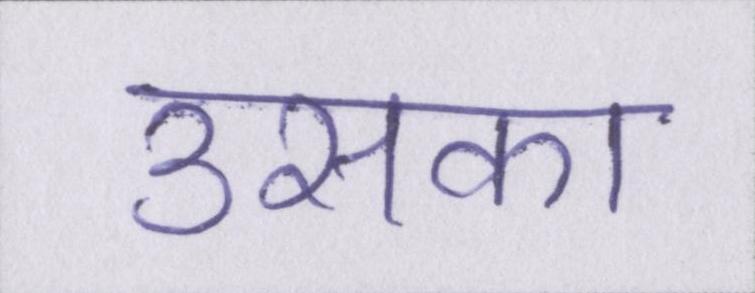
उसका